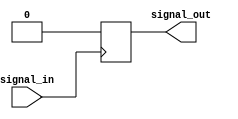
module RC_Delay (
    input wire signal_in,
    output wire signal_out
);

// Define RC delay parameters
parameter R = 100; // Resistance value in ohms
parameter C = 0.1; // Capacitance value in farads
parameter dt = 0.1; // Time step

// Declare internal signals
reg signal_delayed;

// RC Delay implementation
always @ (posedge signal_in) begin
    // Introduce delay using RC elements
    #((R*C)*dt); // Charging time constant
    signal_delayed <= 1'b1;
    #((R*C)*dt); // Discharging time constant
    signal_delayed <= 1'b0;
end

// Assign delayed signal to output
assign signal_out = signal_delayed;

endmodule